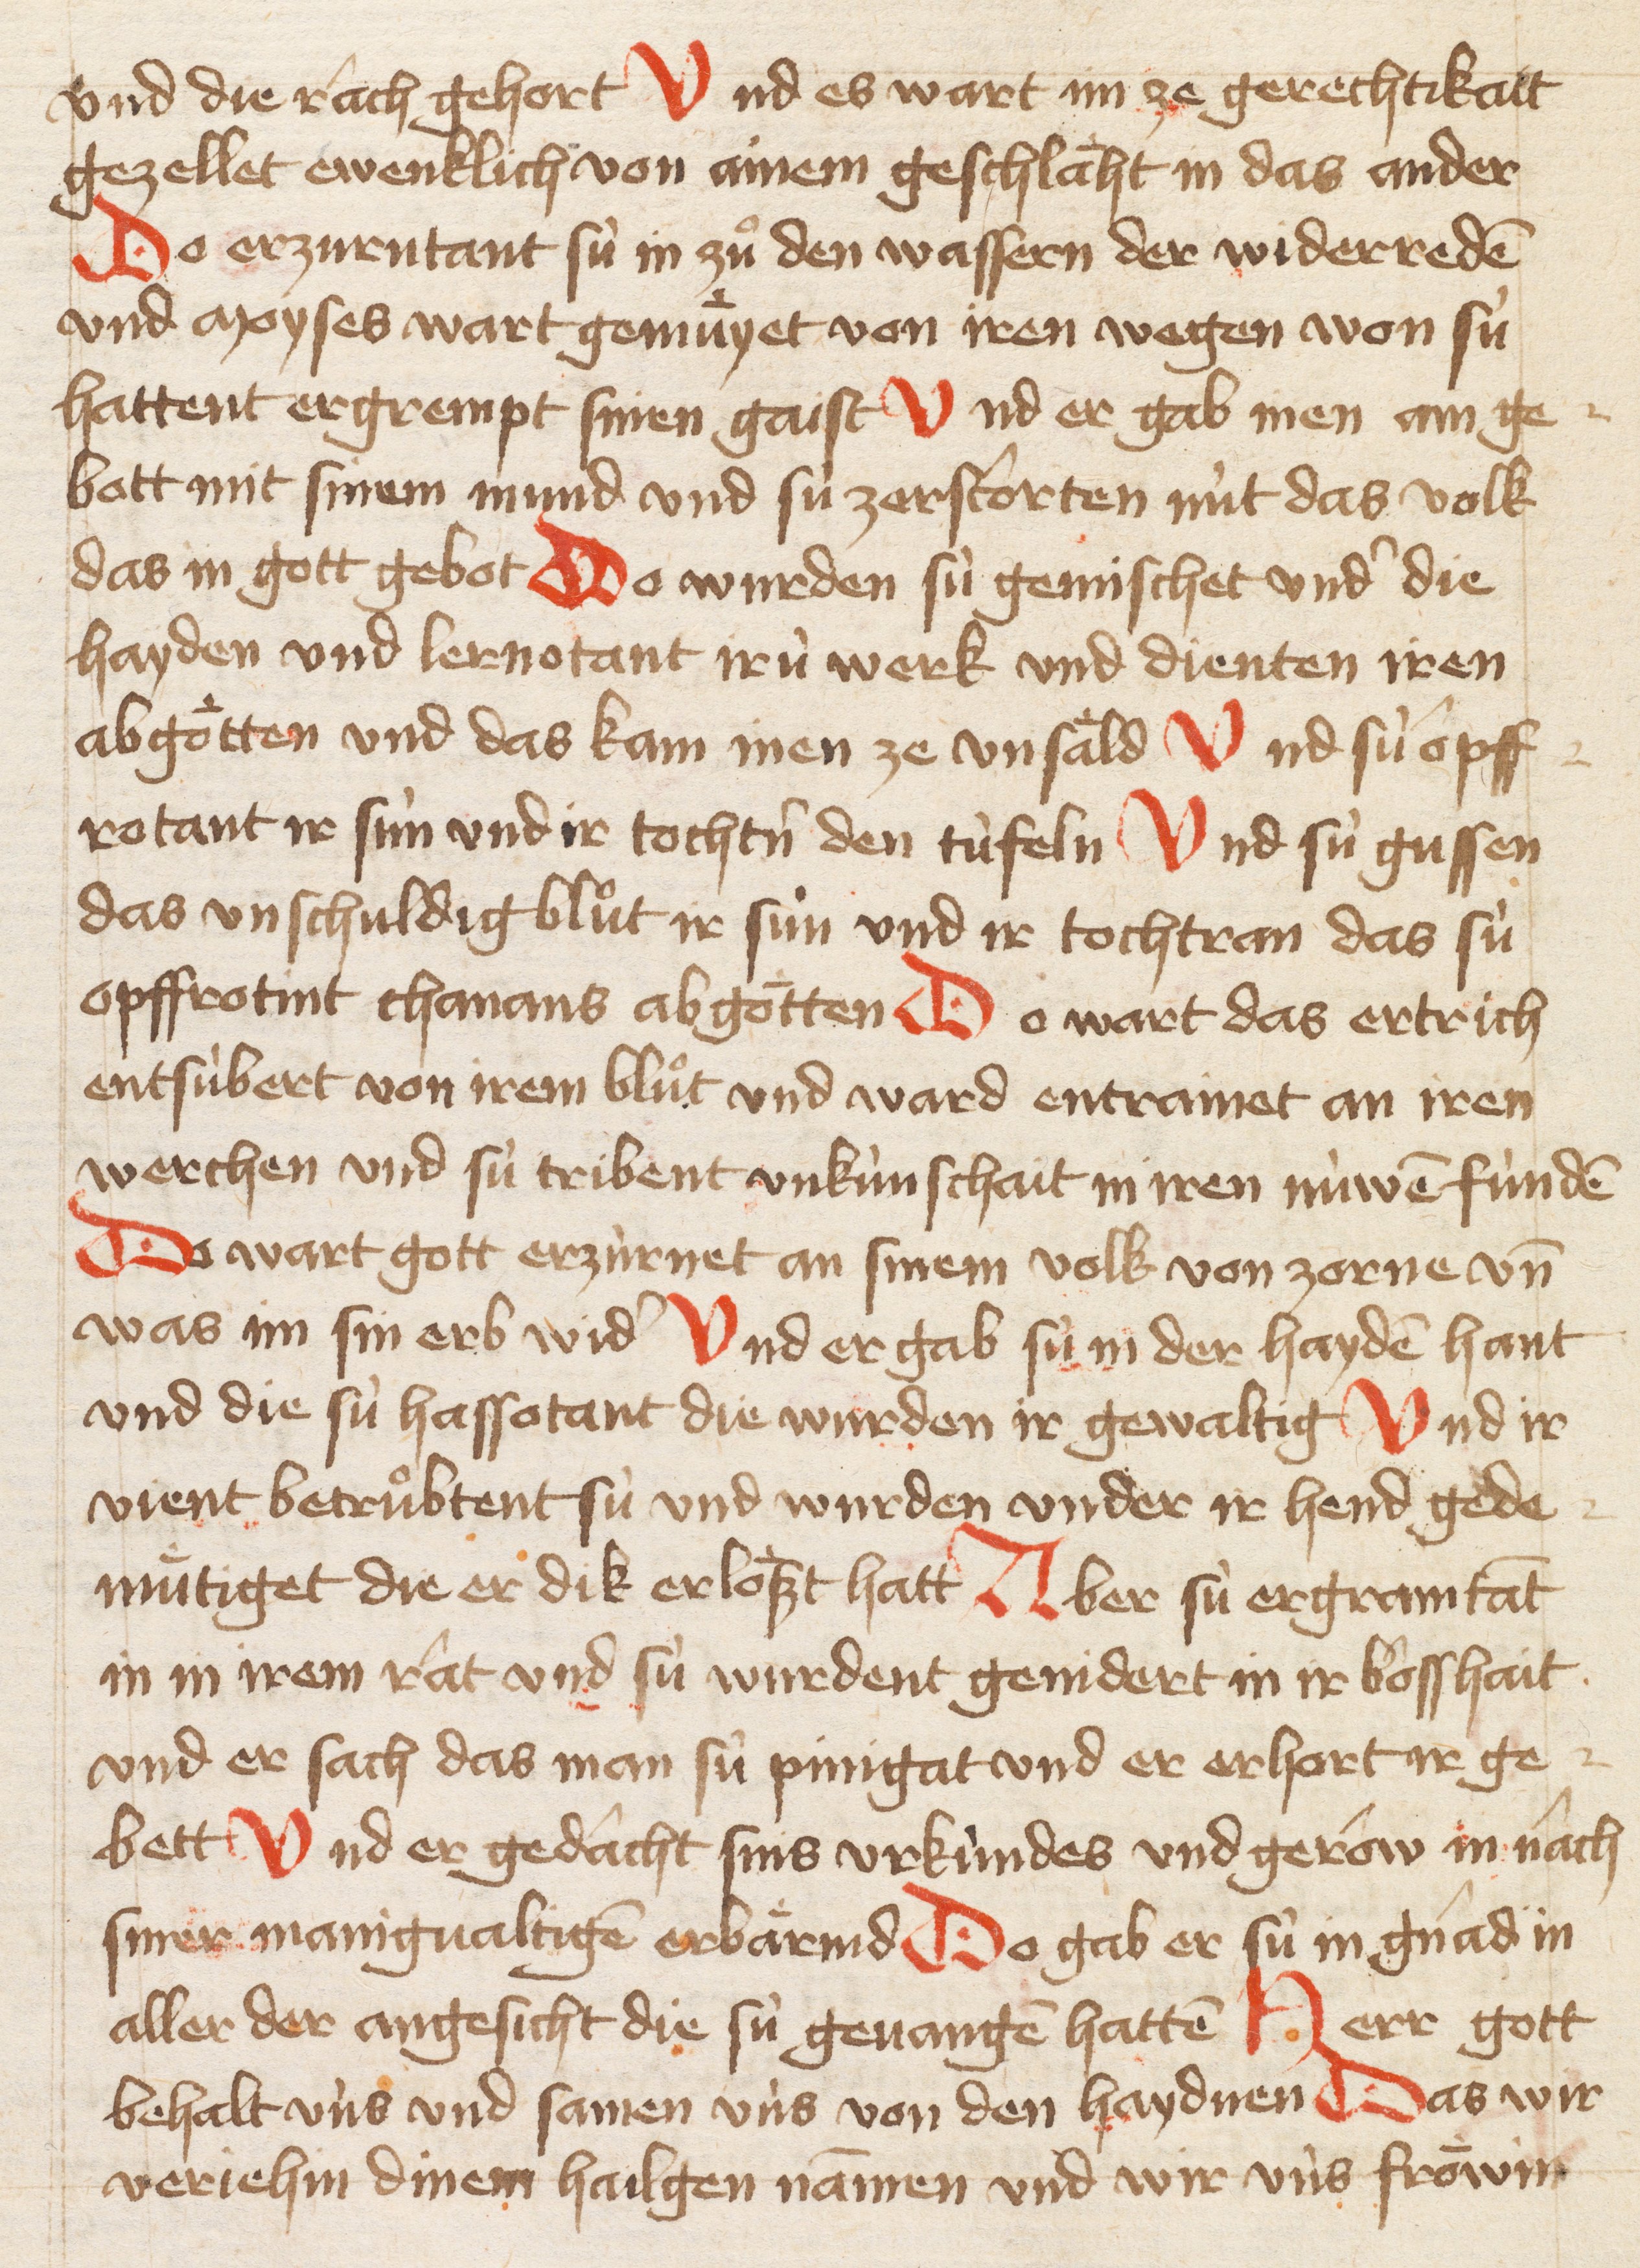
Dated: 1421–1421